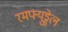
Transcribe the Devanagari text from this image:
रमफ्यूड्डेल